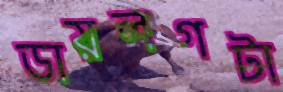
ডায়লগটা